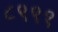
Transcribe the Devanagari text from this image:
८९९१